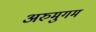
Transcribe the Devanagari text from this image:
अरुमुगम